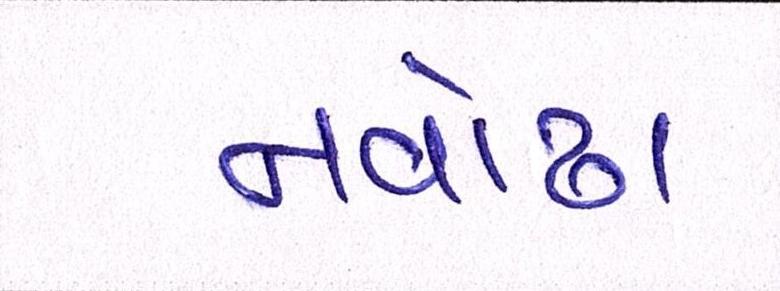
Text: નવોઢા